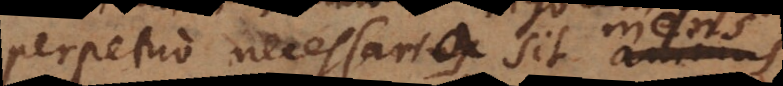
perpetuo necessaria sit mens